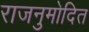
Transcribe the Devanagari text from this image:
राजनुमोदित